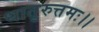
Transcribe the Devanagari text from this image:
धातुरुत्तमः।।